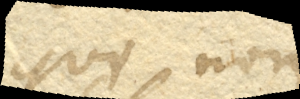
qui non